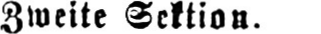
Zweite Sektion.